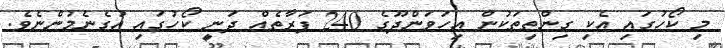
މި ކޯހުގައި އެކި ގިންތިތަކުން އިހަވަންދޫގެ 240 ފަރާތެއް ދަނީ ކޯހުގައި އުގެނެމުންނެވެ.